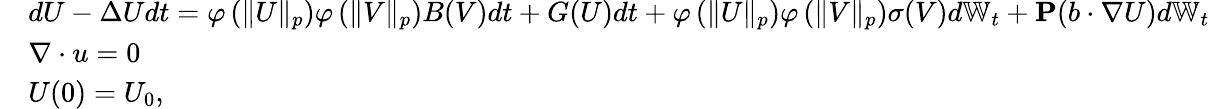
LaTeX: \begin{array}{rl}&{dU-\Delta Udt=\varphi\left(\| U\| _{p}\right)\varphi\left(\| V\| _{p}\right)B(V)dt+G(U)dt+\varphi\left(\| U\| _{p}\right)\varphi\left(\| V\| _{p}\right)\sigma(V)d\mathbb{W}_{t}+\mathbf{P}(b\cdot\nabla U)d\mathbb{W}_{t}}\\ &{\nabla\cdot u=0}\\ &{U(0)=U_{0},}\end{array}